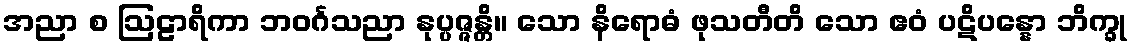
အညာ စ ဩဠာရိကာ ဘဝင်္ဂသညာ နုပ္ပဇ္ဇန္တိ။ သော နိရောဓံ ဖုသတီတိ သော ဧဝံ ပဋိပန္နော ဘိက္ခု